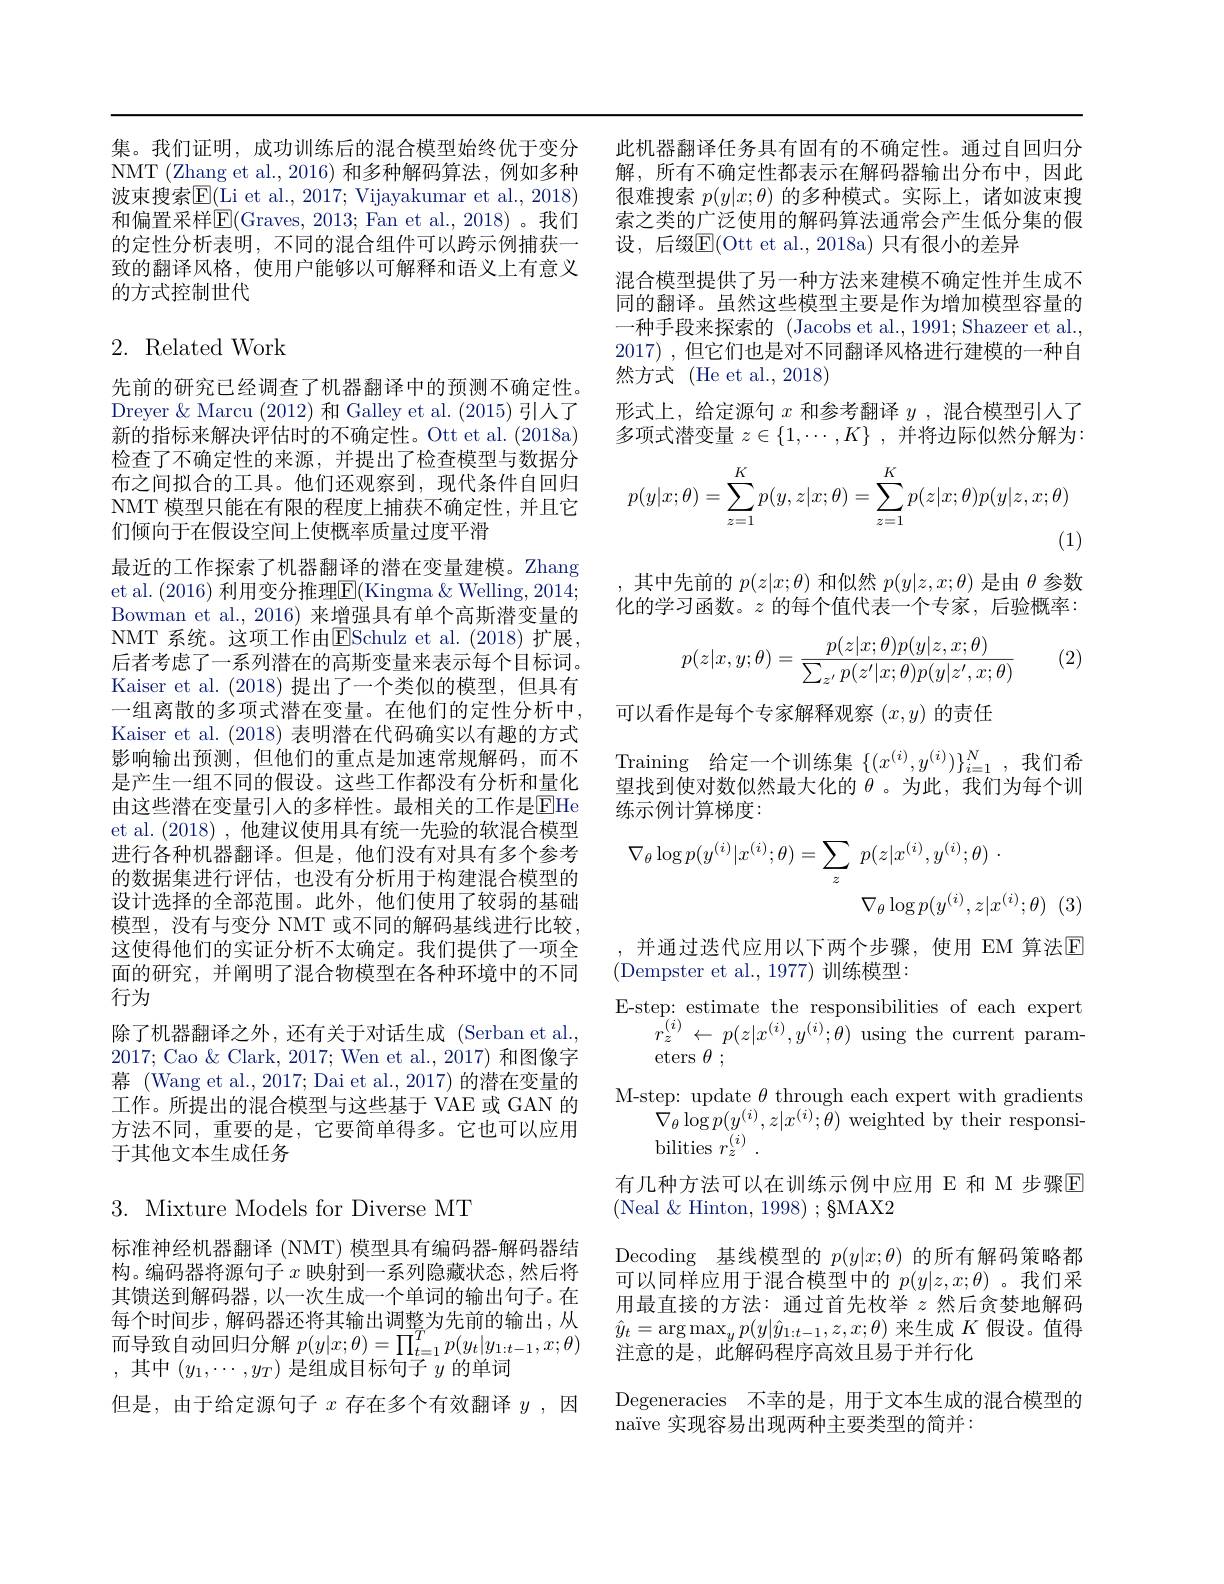
集。我们证明，成功训练后的混合模型始终优于变分 此机器翻译任务具有固有的不确定性。通过自回归分NMT ( Zhang et al. , 2016) 和多种解码算法，例如多种 解，所有不确定性都表示在解码器输出分布中，因此波束搜索$\mathbb{E}($Li et al., 2017; Vijayakumar et al., 2018) 很难搜索 $p(y|x;\theta)$ 的多种模式。实际上，诸如波束搜和偏置采样$\mathbb{E}($Graves, 2013; Fan et al., 2018) 。我们 索之类的广泛使用的解码算法通常会产生低分集的假的定性分析表明，不同的混合组件可以跨示例捕获一 设，后缀E(Ott et al.,2018a)只有很小的差异
致的翻译风格，使用户能够以可解释和语义上有意义
的方式控制世代

## 2. Related Work

先前的研究已经调查了机器翻译中的预测不确定性。Dreyer & Marcu (2012) 和 Galley et al. (2015) 引人了新的指标来解决评估时的不确定性。Ott et al. (2018a) 检查了不确定性的来源，并提出了检查模型与数据分布之间拟合的工具。他们还观察到，现代条件自回归NMT 模型只能在有限的程度上捕获不确定性，并且它们倾向于在假设空间上使概率质量过度平滑
最近的工作探索了机器翻译的潜在变量建模。Zhang et al. (2016) 利用变分推理$\boxed{\mathrm{F}}($Kingma &Welling, 2014; Bowman et al., 2016) 来增强具有单个高斯潜变量的NMT 系统。这项工作由$\mathbb{E}$Schulz et al.(2018)扩展， 后者考虑了一系列潜在的高斯变量来表示每个目标词。Kaiser et al. (2018) 提出了一个类似的模型，但具有一组离散的多项式潜在变量。在他们的定性分析中， Kaiser et al. (2018)表明潜在代码确实以有趣的方式影响输出预测，但他们的重点是加速常规解码，而不是产生一组不同的假设。这些工作都没有分析和量化由这些潜在变量引入的多样性。最相关的工作是$\overline{\mathrm{EHe}}$ et al. (2018) ,他建议使用具有统一先验的软混合模型进行各种机器翻译。但是，他们没有对具有多个参考的数据集进行评估，也没有分析用于构建混合模型的设计选择的全部范围。此外，他们使用了较弱的基础模型，没有与变分 NMT 或不同的解码基线进行比较， 这使得他们的实证分析不太确定。我们提供了一项全面的研究，并阐明了混合物模型在各种环境中的不同行为
除了机器翻译之外，还有关于对话生成 (Serban et al., 2017; Cao $\&$ Clark, 2017; Wen et al., 2017) 和图像字幕 (Wang et al., 2017; Dai et al., 2017) 的潜在变量的工作。所提出的混合模型与这些基于 VAE 或 GAN 的方法不同，重要的是，它要简单得多。它也可以应用于其他文本生成任务

3. Mixture Models for Diverse MT

标准神经机器翻译 (NMT) 模型具有编码器-解码器结构。编码器将源句子$x$映射到一系列隐藏状态，然后将其馈送到解码器，以一次生成一个单词的输出句子。在每个时间步 , 解码器还将其输出调整为先前的输出，从而导致自动回归分解$p(y|x;\theta)=\prod_{t=1}^Tp(y_t|y_{1:t-1},x;\theta)$ ,其中$(y_1,\cdots,y_T)$是组成目标句子$y$的单词
但是，由于给定源句子$x$存在多个有效翻译$y$ ,因

混合模型提供了另一种方法来建模不确定性并生成不同的翻译。虽然这些模型主要是作为增加模型容量的一种手段来探索的 (Jacobs et al., 1991; Shazeer et al., 2017) , 但它们也是对不同翻译风格进行建模的一种自然方式 (He et al., 2018)
形式上，给定源句$x$和参考翻译$y$ ,混合模型引人了多项式潜变量$z\in \{ 1, \cdots , K\}$ ,并将边际似然分解为：
$$p(y|x;\theta)=\sum_{z=1}^{K}p(y,z|x;\theta)=\sum_{z=1}^{K}p(z|x;\theta)p(y|z,x;\theta)$$
(1)

,其中先前的$p(z|x;\theta)$和似然$p(y|z,x;\theta)$是由$\theta$参数化的学习函数。$z$的每个值代表一个专家，后验概率：
$$p(z|x,y;\theta)=\frac{p(z|x;\theta)p(y|z,x;\theta)}{\sum_{z'}p(z'|x;\theta)p(y|z',x;\theta)}$$
(2)

可以看作是每个专家解释观察$(x,y)$的责任
Training 给定一个训练集$\{(x^{(i)},y^{(i)})\}_{i=1}^N$,我们希望找到使对数似然最大化的$\theta$ 。为此，我们为每个训练示例计算梯度：
$$\nabla_{\theta}\log p(y^{(i)}|x^{(i)};\theta)=\sum_{z}\:p(z|x^{(i)},y^{(i)};\theta)\:\cdot\\\nabla_{\theta}\log p(y^{(i)},z|x^{(i)};\theta)$$
,并通过迭代应用以下两个步骤，使用 EM 算法$\mathbb{E}$
(Dempster et al., 1977) 训练模型：
E-step: estimate the responsibilities of each expert
$\tilde{r} _{z}^{( i) }$ $\leftarrow$ $p( z| x^{( i) }, y^{( i) }; \dot{\theta } )$ using the current param-
eters $\theta$ ;
M-step: update $\theta$ through each expert with gradients
$\bar{\nabla}_{\theta}\log p(y^{(i)},z|x^{(i)};\bar{\theta})$ weighted by their responsi-
bilities $r_z^{(i)}$
有几种方法可以在训练示例中应用 E 和 M 步骤$\overline{\mathrm{E}}$
(Neal$\&$Hinton$,1998);\S$MAX2
Decoding 基线模型的$p(y|x;\theta)$的所有解码策略都可以同样应用于混合模型中的$p(y|z,x;\theta)$ 。我们采用最直接的方法：通过首先枚举$z$然后贪婪地解码$\hat{y}_t=\arg\max_yp(y|\hat{y}_{1:t-1},z,x;\theta)$来生成$K$假设。值得注意的是，此解码程序高效且易于并行化
Degeneracies 不幸的是，用于文本生成的混合模型的
naïve 实现容易出现两种主要类型的简并：